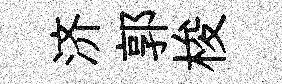
济郭梭